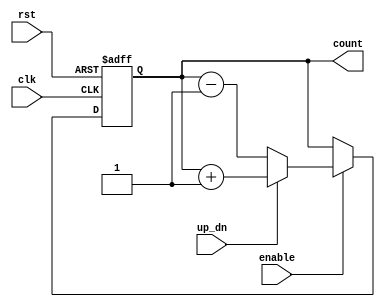
module up_down_counter (
    input wire clk,          // Clock signal
    input wire rst,          // Asynchronous reset signal
    input wire up_dn,        // Control signal for counting direction
    input wire enable,       // Enable signal for counting
    output reg [3:0] count   // 4-bit count output
);

// Asynchronous reset and counting logic
always @(posedge clk or posedge rst) begin
    if (rst) begin
        count <= 4'b0000;    // Reset the counter to 0
    end else if (enable) begin
        if (up_dn) begin
            // Count up
            count <= count + 1;
        end else begin
            // Count down
            count <= count - 1;
        end
    end
end

endmodule